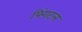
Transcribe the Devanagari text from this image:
पिंगटल